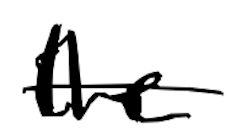
Text: the
Cross-out: single-line
Writing tool: digital_black